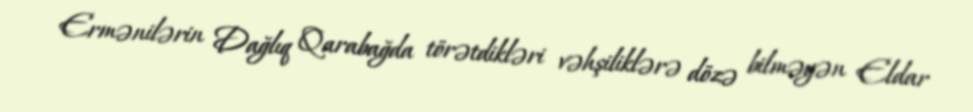
Ermənilərin Dağlıq Qarabağda törətdikləri vəhşiliklərə dözə bilməyən Eldar